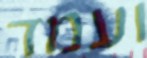
ועמד